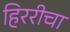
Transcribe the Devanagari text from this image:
हिररीचा